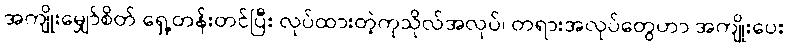
အကျိုးမျှော်စိတ် ရှေ့တန်းတင်ပြီး လုပ်ထားတဲ့ကုသိုလ်အလုပ်၊ တရားအလုပ်တွေဟာ အကျိုးပေး